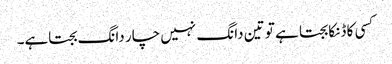
کسی کا ڈنکا بجتا ہے تو تین دانگ نہیں چار دانگ بجتاہے۔